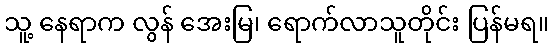
သူ့ နေရာက လွန် အေးမြ၊ ရောက်လာသူတိုင်း ပြန်မရ။